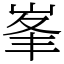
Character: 峯